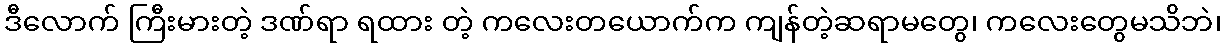
ဒီလောက် ကြီးမားတဲ့ ဒဏ်ရာ ရထား တဲ့ ကလေးတယောက်က ကျန်တဲ့ဆရာမတွေ၊ ကလေးတွေမသိဘဲ၊